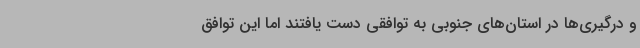
و درگیری‌ها در استان‌های جنوبی به توافقی دست یافتند اما این توافق